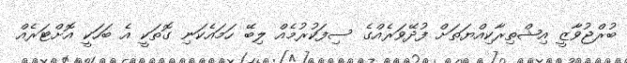
ބުރްޖުވާޒީ އިޝްތިރާކިއްޔަތަށް ފުދޭވަރެއްގެ ސިފަކުރުމެއް ލިބޭ ހަމައެކަނި ގޮތަކީ އެ ބަހަކީ އޮށްޓަރެއް